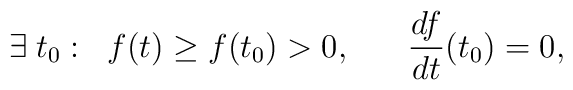
\exists\; t_{0} :\;\; f(t) \geq f(t_{0}) > 0 ,\;\;\;\;\;\;  \frac{df}{dt}(t_{0})=0,